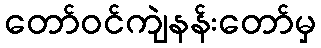
တော်ဝင်ကျဲနန်းတော်မှ